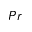
P r